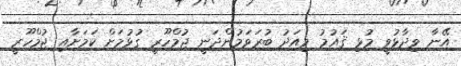
އޭނާ ވިދާޅުވީ މުޅި ޤައުމު މިއަދު ބުރަވަމުންދަނީ ޖުމްހޫރީ ގުޅުމަށް ކަމަށާއި ޖުމްހޫރީ